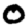
Digit: 0